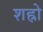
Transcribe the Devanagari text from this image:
शह्रो